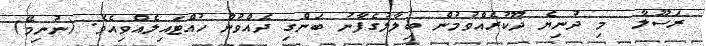
ރަސޫލާ  މި ދުނިޔެ ދޫކުރެއްވުމުން ބިލާލުގެފާނު ބަންގި ދެއްވުން ހުއްޓައިލެއްވިއެވެ. (ނުނިމޭ)